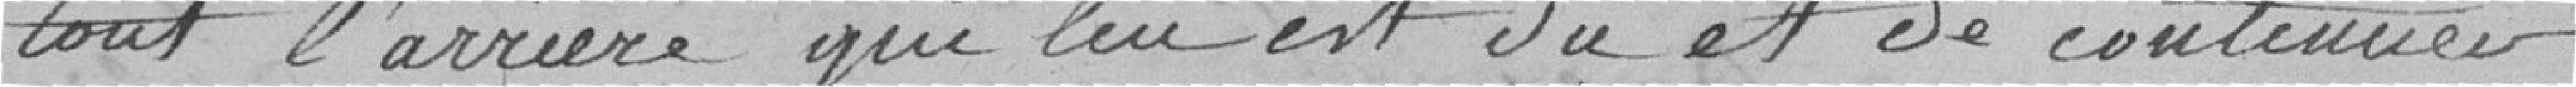
tout l'arriéré qui lui est dû et de continuer